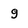
Character: g